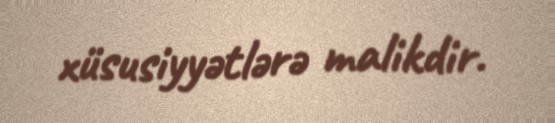
xüsusiyyətlərə malikdir.